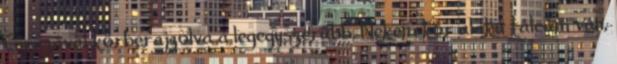
Ceruzával körberajzolva a legegyszerűbb. Nekem kör alakú tálcám van,